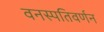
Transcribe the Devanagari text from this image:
वनस्पतिवर्णन